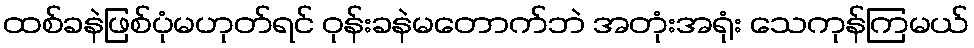
ထစ်ခနဲဖြစ်ပုံမဟုတ်ရင် ဝုန်းခနဲမတောက်ဘဲ အတုံးအရုံး သေကုန်ကြမယ်